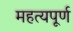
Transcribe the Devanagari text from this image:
महत्यपूर्ण